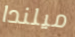
ميلندا